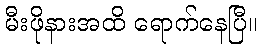
မီးဖိုနားအထိ ရောက်နေပြီ။